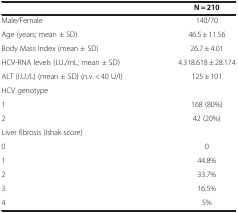
<table><thead><tr><td><b> </b></td><td><b>N = 210</b></td></tr></thead><tbody><tr><td>Male/Female</td><td>140/70</td></tr><tr><td>Age (years; mean ± SD)</td><td>46.5 ± 11.56</td></tr><tr><td>Body Mass Index (mean ± SD)</td><td>26.7 ± 4.01</td></tr><tr><td>HCV-RNA levels (I.U./mL; mean ± SD)</td><td>4.318.618 ± 28.174</td></tr><tr><td>ALT (I.U./L) (mean ± SD) (n.v. &lt; 40 U/I)</td><td>125 ± 101</td></tr><tr><td>HCV genotype</td><td> </td></tr><tr><td>1</td><td>168 (80%)</td></tr><tr><td>2</td><td>42 (20%)</td></tr><tr><td>Liver fibrosis (Ishak score)</td><td> </td></tr><tr><td>0</td><td>0</td></tr><tr><td>1</td><td>44.8%</td></tr><tr><td>2</td><td>33.7%</td></tr><tr><td>3</td><td>16.5%</td></tr><tr><td>4</td><td>5%</td></tr></tbody></table>